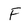
Character: F